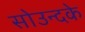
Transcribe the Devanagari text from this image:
सोउन्दके